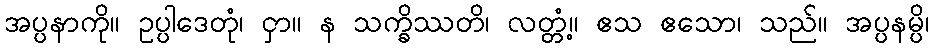
အပ္ပနာကို။ ဥပ္ပါဒေတုံ၊ ငှာ။ န သက္ခိဿတိ၊ လတ္တံ့။ ဧသ ဧသော၊ သည်။ အပ္ပနမ္ပိ၊